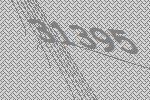
31395